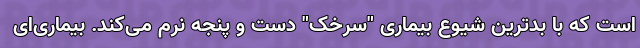
است که با بدترین شیوع بیماری "سرخک" دست و پنجه نرم می‌کند. بیماری‌ای